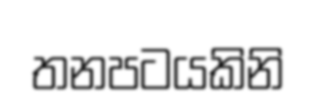
තනපටයකිනි